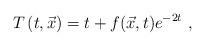
LaTeX: \begin{align*}\ T\left(t, {\vec x } \right)= t+f({\vec x, t})e^{-2t} \ ,\end{align*}